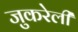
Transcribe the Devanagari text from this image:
जुकरेली